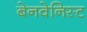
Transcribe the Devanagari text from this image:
बेनवेनिस्ट